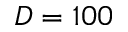
D = 1 0 0